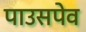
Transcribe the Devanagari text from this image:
पाउसपेव